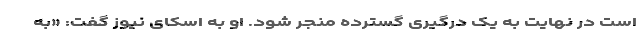
است در نهایت به یک درگیری گسترده منجر شود. او به اسکای نیوز گفت: «به